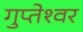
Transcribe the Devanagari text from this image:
गुप्‍तेश्‍वर